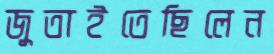
জুতাইতেছিলেন